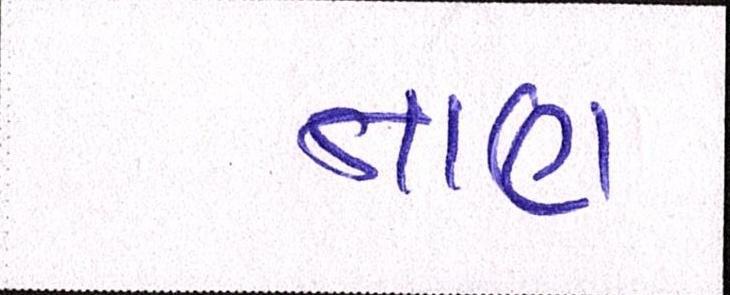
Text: તાણ